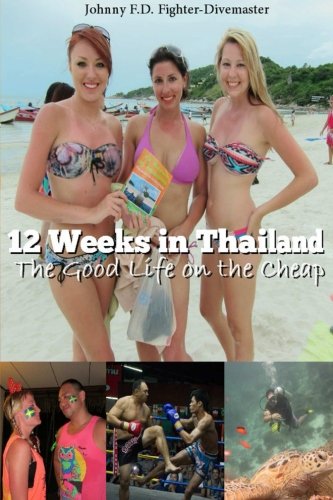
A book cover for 12 Weeks in Thailand: The Good Life on the Cheap; Johnny F.D. Fighter-Divemaster; Travel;